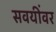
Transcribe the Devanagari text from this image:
सवयींवर